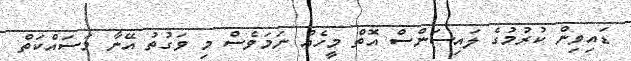
ޑައިވިން ކުރުމުގެ ލައިސަންސް އޮތް މީހެއް ނަމަވެސް މި ވަގުތު އޭނާ މަސައްކަތް